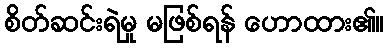
စိတ်ဆင်းရဲမှု မဖြစ်ရန် ဟောထား၏။